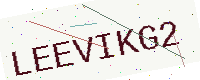
Text: LEEVIKG2